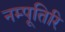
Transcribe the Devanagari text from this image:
नम्पूतिरि